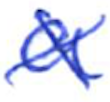
Text: a
Cross-out: cross
Writing tool: ballpoint